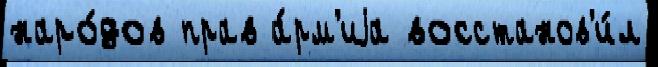
наро́дов прав а́рм'иjа восстанов'и́л